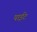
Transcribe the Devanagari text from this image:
पाईंट